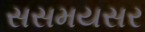
સસમયસર